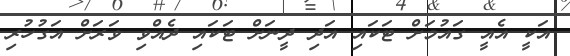
އަކީ އެއީ ގައުމަށް ޓަކައި އަދި ދީނަށް ޓަކައި ދެއްވި ވަރަށް އަގުހުރި